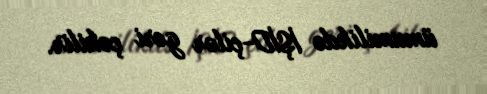
ümumilikdə İŞİD-çilər geri çəkilir.